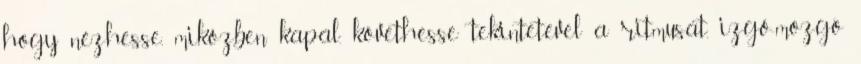
hogy nézhesse, miközben kapál, követhesse tekintetével a ritmusát, izgő-mozgó